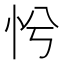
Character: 𢗴